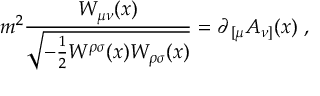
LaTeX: m ^ { 2 } { \frac { W _ { \mu \nu } ( x ) } { \sqrt { - { \frac { 1 } { 2 } } W ^ { \rho \sigma } ( x ) W _ { \rho \sigma } ( x ) } } } = \partial _ { \, [ \mu } A _ { \nu ] } ( x ) \ ,